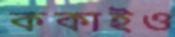
ককাইও